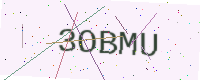
Text: 3OBMU